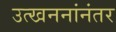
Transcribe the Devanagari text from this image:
उत्खननांनंतर